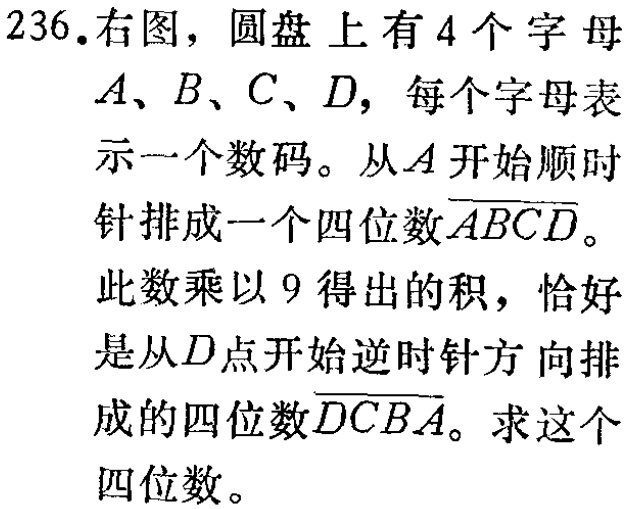
236.右图，圆盘上有4个字母

\(A、B、C、D\)，每个字母表

示一个数码。从\(A\)开始顺时

针排成一个四位数\(\overline{ABCD}\)。

此数乘以9得出的积，恰好

是从\(D\)点开始逆时针方向排

成的四位数\(\overline{DCBA}\)。求这个

四位数。